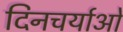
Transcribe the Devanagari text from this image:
दिनचर्याओं